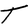
Character: T